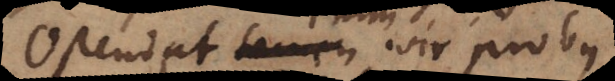
Ostendet enim vir probus